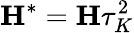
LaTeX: {\mathbf{H}}^{*}={\mathbf{H}}\tau_{K}^{2}